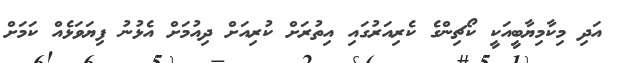
އަދި މިކާމިޔާބީއަކީ ކޯޗިންގެ ކެރިއަރުގައި އިތުރަށް ކުރިއަށް ދިއުމަށް އެޅުނު ފިޔަވަޅެއް ކަމަށް